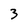
Character: 3